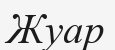
Жуар